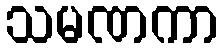
သမဏကာ